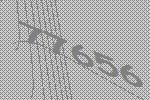
77656